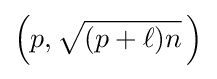
\left(p,{\sqrt {(p+\ell )n}}\,\right)